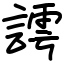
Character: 謣